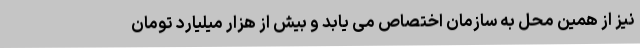
نیز از همین محل به سازمان اختصاص می یابد و بیش از هزار میلیارد تومان